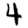
Digit: 4